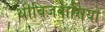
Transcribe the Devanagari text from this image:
थीबिज़वासियों